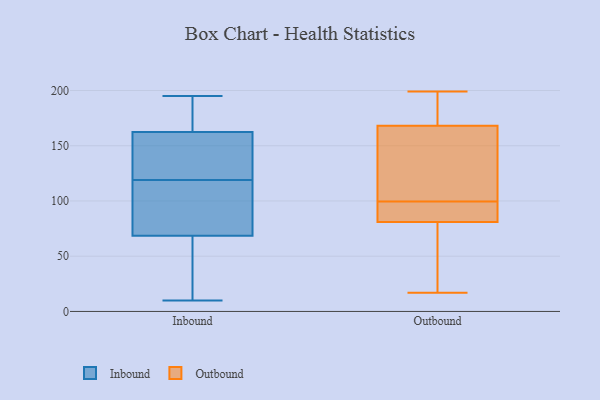
{"axis": {"x": "Net Income (USD K)", "y": "Value"}, "legend": ["Inbound", "Outbound"], "data": [{"x": "", "y": 137, "type": "Inbound"}, {"x": "", "y": 18, "type": "Inbound"}, {"x": "", "y": 90, "type": "Inbound"}, {"x": "", "y": 175, "type": "Inbound"}, {"x": "", "y": 11, "type": "Inbound"}, {"x": "", "y": 97, "type": "Inbound"}, {"x": "", "y": 163, "type": "Inbound"}, {"x": "", "y": 79, "type": "Inbound"}, {"x": "", "y": 55, "type": "Inbound"}, {"x": "", "y": 121, "type": "Inbound"}, {"x": "", "y": 173, "type": "Inbound"}, {"x": "", "y": 178, "type": "Inbound"}, {"x": "", "y": 112, "type": "Inbound"}, {"x": "", "y": 120, "type": "Inbound"}, {"x": "", "y": 118, "type": "Inbound"}, {"x": "", "y": 136, "type": "Inbound"}, {"x": "", "y": 58, "type": "Inbound"}, {"x": "", "y": 195, "type": "Inbound"}, {"x": "", "y": 162, "type": "Inbound"}, {"x": "", "y": 10, "type": "Inbound"}, {"x": "", "y": 93, "type": "Outbound"}, {"x": "", "y": 85, "type": "Outbound"}, {"x": "", "y": 97, "type": "Outbound"}, {"x": "", "y": 81, "type": "Outbound"}, {"x": "", "y": 86, "type": "Outbound"}, {"x": "", "y": 41, "type": "Outbound"}, {"x": "", "y": 61, "type": "Outbound"}, {"x": "", "y": 102, "type": "Outbound"}, {"x": "", "y": 123, "type": "Outbound"}, {"x": "", "y": 183, "type": "Outbound"}, {"x": "", "y": 176, "type": "Outbound"}, {"x": "", "y": 17, "type": "Outbound"}, {"x": "", "y": 174, "type": "Outbound"}, {"x": "", "y": 142, "type": "Outbound"}, {"x": "", "y": 168, "type": "Outbound"}, {"x": "", "y": 72, "type": "Outbound"}, {"x": "", "y": 199, "type": "Outbound"}, {"x": "", "y": 116, "type": "Outbound"}]}